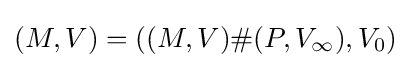
(M,V)=((M,V)\#(P,V_{\infty }),V_{0})